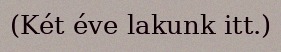
(Két éve lakunk itt.)